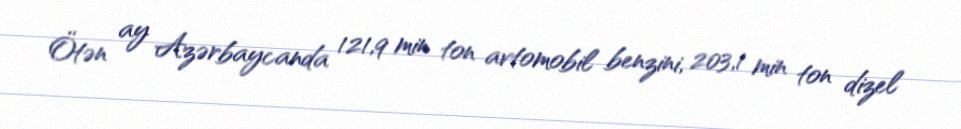
Ötən ay Azərbaycanda 121,9 min ton avtomobil benzini, 203,1 min ton dizel